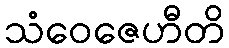
သံဝေဇေဟီတိ